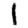
Digit: 1